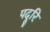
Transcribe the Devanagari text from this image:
पदूरि